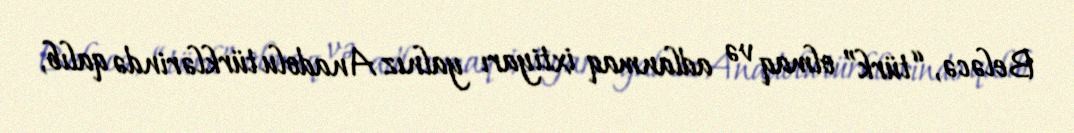
Beləcə, “türk” olmaq və adlanmaq ixtiyarı yalnız Anadolu türklərində qalıb,